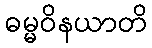
ဓမ္မဝိနယာတိ